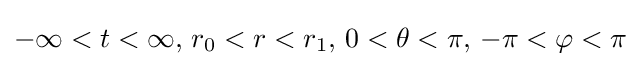
-\infty <t<\infty ,\,r_{0}<r<r_{1},\,0<\theta <\pi ,\,-\pi <\varphi <\pi